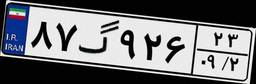
۸۷گ۹۲۶۲۳